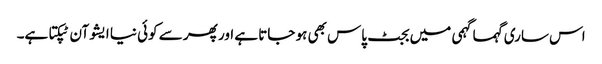
اس ساری گہما گہمی میں بجٹ پاس بھی ہو جاتا ہے اور پھر سے کوئی نیا ایشو آن ٹپکتا ہے۔